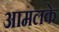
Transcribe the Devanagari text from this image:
आमलके